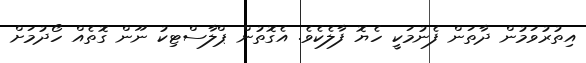
އިތުރުވަމުން ދާތަން ފެނުމަކީ ހެޔޮ ފާލެކެވެ. އެގޮތުން ޕްލާސްޓިކު ނޫން ގޮތެއް ހޯދުމަށް